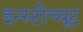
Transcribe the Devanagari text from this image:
इन्स्टीच्यूट